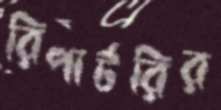
রিপার্টরির